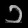
Digit: ၁